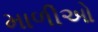
માળીઓ